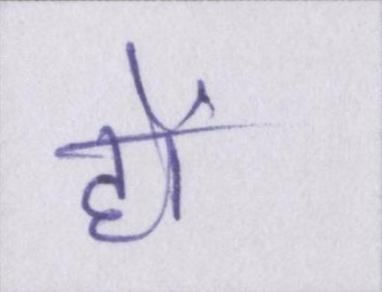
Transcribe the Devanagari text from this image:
हों